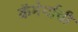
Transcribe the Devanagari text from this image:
कॅमेर्याची